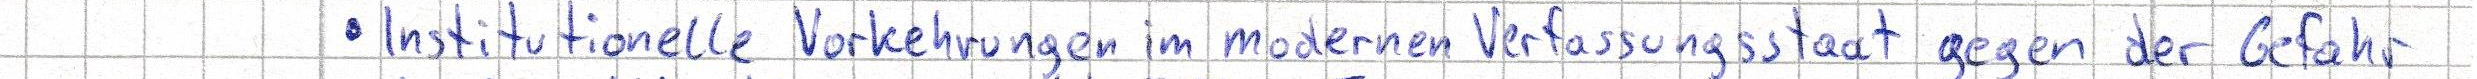
Institutionelle Vorkehrungen im modernen Verfassungsstaat gegen der Gefahr